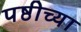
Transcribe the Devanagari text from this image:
पष्ठीच्या